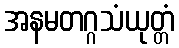
အနမတဂ္ဂသံယုတ္တံ